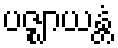
ပဇ္ဈာယန္တံ